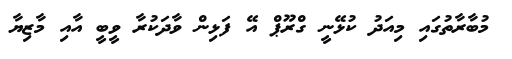
މުބާރާތުގައި މިއަދު ކުޅޭނީ ގްރޫޕް އޭ ފަޅިން ވާދަކުރާ ވީބީ އާއި މާޒިޔާ